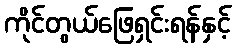
ကိုင်တွယ်ဖြေရှင်းရန်နှင့်